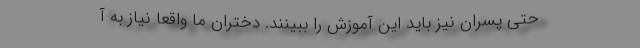
حتی پسران نیز باید این آموزش را ببینند. دختران ما واقعا نیاز به آ